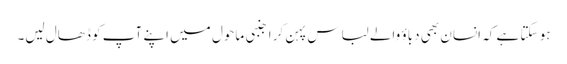
ہو سکتا ہے کہ انسان بھی دباؤ والے لباس پہن کر اجنبی ماحول میں اپنے آپ کو ڈھال لیں۔